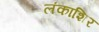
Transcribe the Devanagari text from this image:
लंकाशिर